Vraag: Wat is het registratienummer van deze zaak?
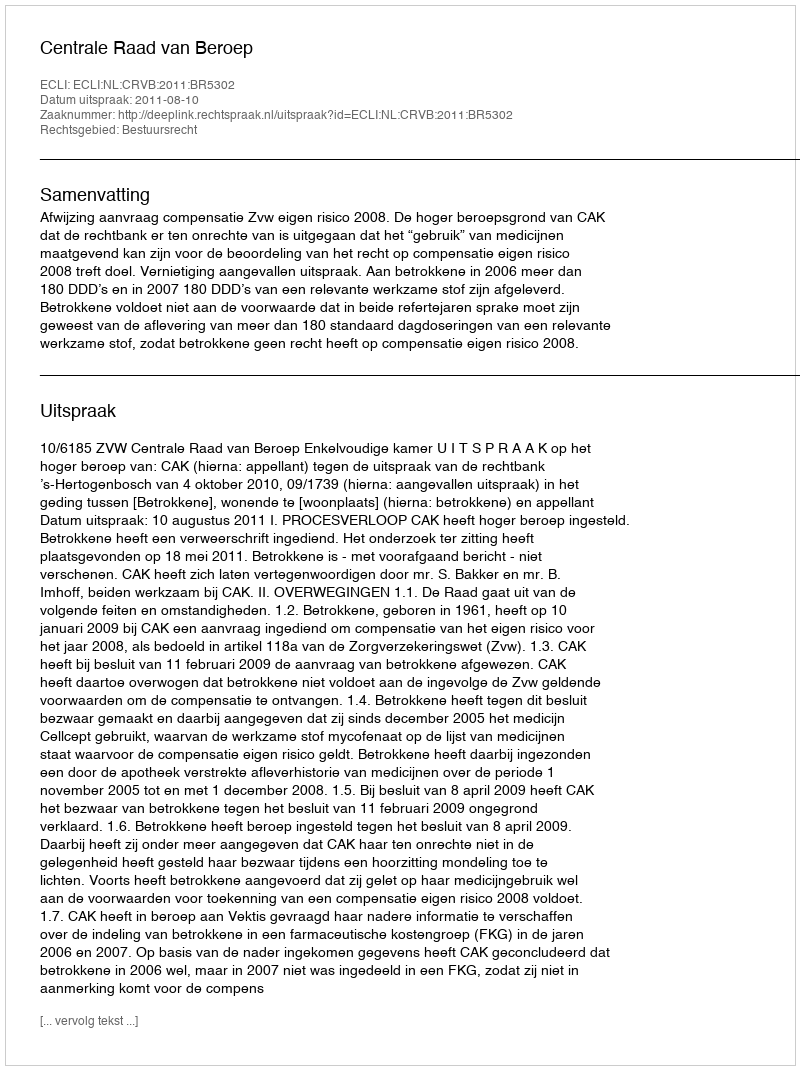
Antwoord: http://deeplink.rechtspraak.nl/uitspraak?id=ECLI:NL:CRVB:2011:BR5302